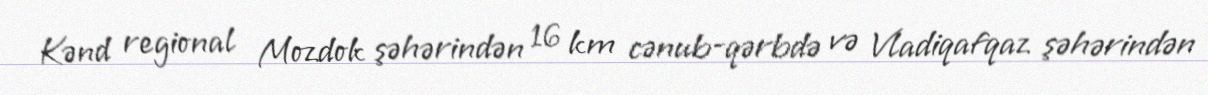
Kənd regional Mozdok şəhərindən 16 km cənub-qərbdə və Vladiqafqaz şəhərindən